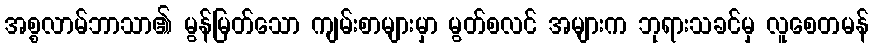
အစ္စလာမ်ဘာသာ၏ မွန်မြတ်သော ကျမ်းစာများမှာ မွတ်စလင် အများက ဘုရားသခင်မှ လူစေတမန်